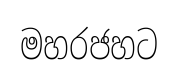
මහරජහට